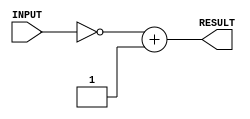
/*
 *
 *	Part 3
 *	2s complement converter
 *
 *
 */ 
`timescale 1ns/100ps
module twos_complement_converter(RESULT, INPUT);
	
	// port declaration
	input [7:0] INPUT;
	output [7:0] RESULT;

	assign #1 RESULT = ~INPUT + 8'b1; 	// convert to 2s complement


endmodule